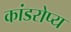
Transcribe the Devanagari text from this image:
कांडरोप्य